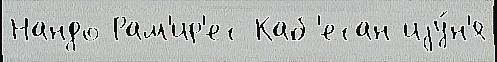
Нандо Рам'ир'ес Каб'есан иjу́н'я